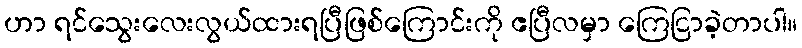
ဟာ ရင်သွေးလေးလွယ်ထားရပြီဖြစ်ကြောင်းကို ဧပြီလမှာ ကြေငြာခဲ့တာပါ။